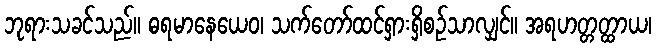
ဘုရားသခင်သည်။ ဓရမာနေယေဝ၊ သက်တော်ထင်ရှားရှိစဉ်သာလျှင်။ အရဟတ္တတ္ထာယ၊